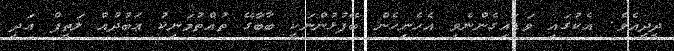
ދީދީއެވެ. އެކުގައި ވަޑައިގެންނެވި އެހެނިހެން ބޭފުޅުންނަކީ ބާބާގޭ ތުއްތުމަނިކު ޢަބުދުއް ލަތީފް އަދި